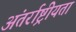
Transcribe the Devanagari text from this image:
अंतर्राष्ट्रीयता